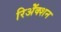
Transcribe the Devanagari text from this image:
रिॲेक्शन